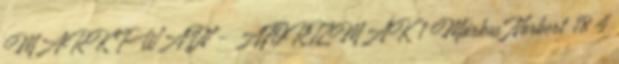
MARK TWAIN - AFORIZMÁK 1 Márkus Norbert 18 4